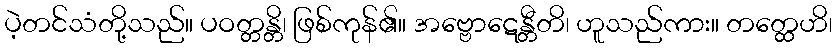
ပဲ့တင်သံတို့သည်။ ပဝတ္တန္တိ၊ ဖြစ်ကုန်၏။ အဗ္ဗောဋေန္တီတိ၊ ဟူသည်ကား။ တတ္ထေဟိ၊